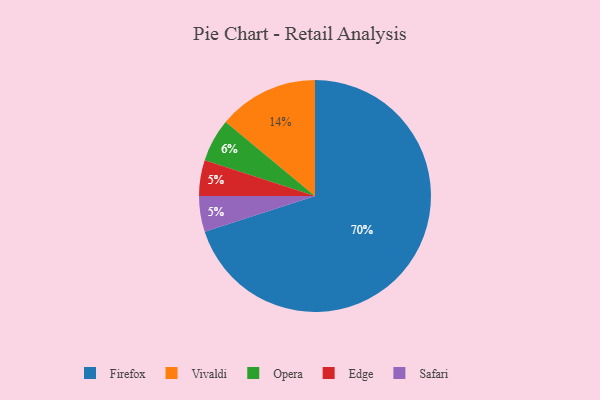
{"axis": {"x": "Category", "y": "Percentage"}, "legend": ["Edge", "Firefox", "Opera", "Safari", "Vivaldi"], "data": [{"x": "Vivaldi", "y": 14, "type": "Vivaldi"}, {"x": "Edge", "y": 5, "type": "Edge"}, {"x": "Safari", "y": 5, "type": "Safari"}, {"x": "Opera", "y": 6, "type": "Opera"}, {"x": "Firefox", "y": 70, "type": "Firefox"}]}